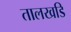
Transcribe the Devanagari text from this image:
तालखडि